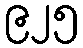
၉၂၅